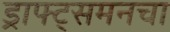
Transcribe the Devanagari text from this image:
ड्राफ्ट्‌समनचा